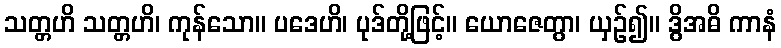
သတ္တဟိ သတ္တဟိ၊ ကုန်သော။ ပဒေဟိ၊ ပုဒ်တို့ဖြင့်။ ယောဇေတွာ၊ ယှဉ်၍။ ဒွိအဓိ ကာနံ